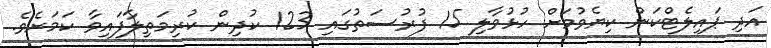
އަދި ޕައިލެޓްކަން ކިޔެވުމަށް ހުޅުވާލި 15 ފުރުސަތުގައި 123 ކުދިން ކުރިމަތިލާފައިވާ ކަމަށެވެ.